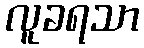
လူခရသာ